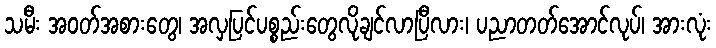
သမီး အဝတ်အစားတွေ၊ အလှပြင်ပစ္စည်းတွေလိုချင်လာပြီလား၊ ပညာတတ်အောင်လုပ်၊ အားလုံး